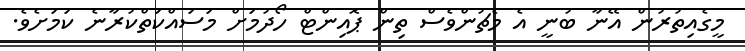
މީގެއިތުރުން އޭނާ ބުނީ އެ މެޗުންވެސް ތިން ޕޮއިންޓް ހޯދުމަށް މަސައްކަތްކުރާނެ ކަމަށެވެ.